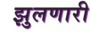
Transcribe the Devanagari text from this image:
झुलणारी